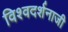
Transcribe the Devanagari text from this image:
विश्वदर्शनाजी